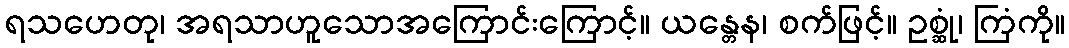
ရသဟေတု၊ အရသာဟူသောအကြောင်းကြောင့်။ ယန္တေန၊ စက်ဖြင့်။ ဥစ္ဆုံ၊ ကြံကို။